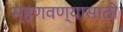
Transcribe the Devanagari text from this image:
म्हणवण्यासाठी